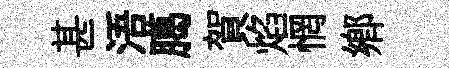
甚浯臈賀焰惘鄉